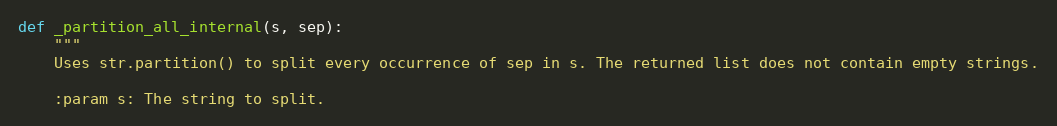
Language: Python
def _partition_all_internal(s, sep):
    """
    Uses str.partition() to split every occurrence of sep in s. The returned list does not contain empty strings.

    :param s: The string to split.